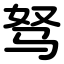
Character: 驽